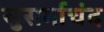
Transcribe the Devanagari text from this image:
सुसर्माचंद